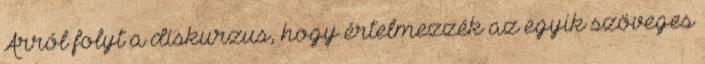
Arról folyt a diskurzus, hogy értelmezzék az egyik szöveges